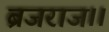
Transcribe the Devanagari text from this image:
ब्रजराज।।